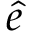
\boldsymbol { \hat { e } }